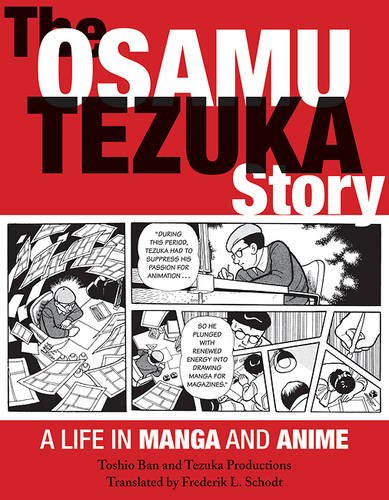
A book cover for The Osamu Tezuka Story: A Life in Manga and Anime; Toshio Ban; Comics & Graphic Novels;